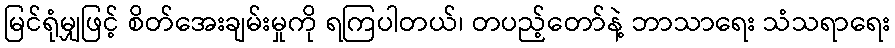
မြင်ရုံမျှဖြင့် စိတ်အေးချမ်းမှုကို ရကြပါတယ်၊ တပည့်တော်နဲ့ ဘာသာရေး သံသရာရေး